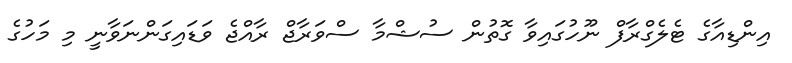
އިންޑިއާގެ ޓެލެގްރާފް ނޫހުގައިވާ ގޮތުން ސުޝްމާ ސްވަރާޖް ރާއްޖެ ވަޑައިގަންނަވާނީ މި މަހުގެ